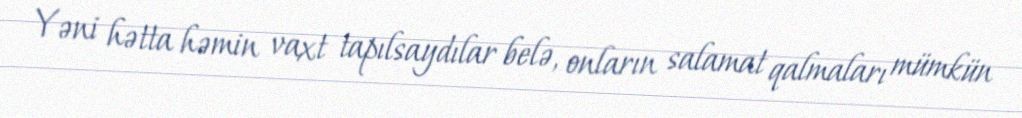
Yəni hətta həmin vaxt tapılsaydılar belə, onların salamat qalmaları mümkün